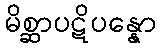
မိစ္ဆာပဋိပန္နော